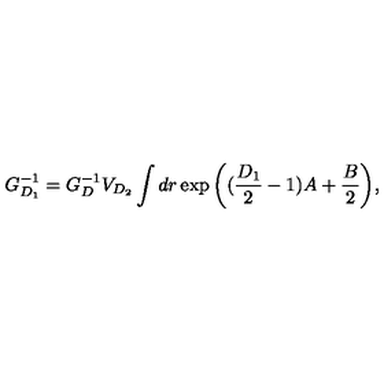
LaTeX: G _ { D _ { 1 } } ^ { - 1 } = G _ { D } ^ { - 1 } V _ { D _ { 2 } } \int d r \exp { \left( ( \frac { D _ { 1 } } { 2 } - 1 ) A + \frac { B } { 2 } \right) } ,